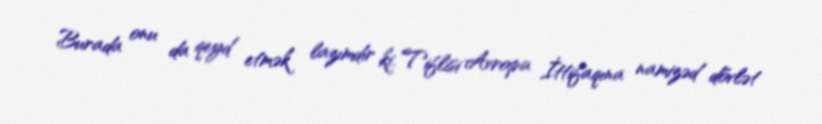
Burada onu da qeyd etmək lazımdır ki, Tiflisi Avropa İttifaqına namizəd dövlət